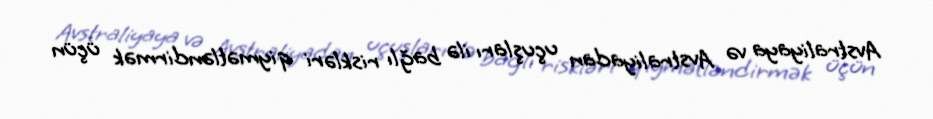
Avstraliyaya və Avstraliyadan uçuşları ilə bağlı riskləri qiymətləndirmək üçün